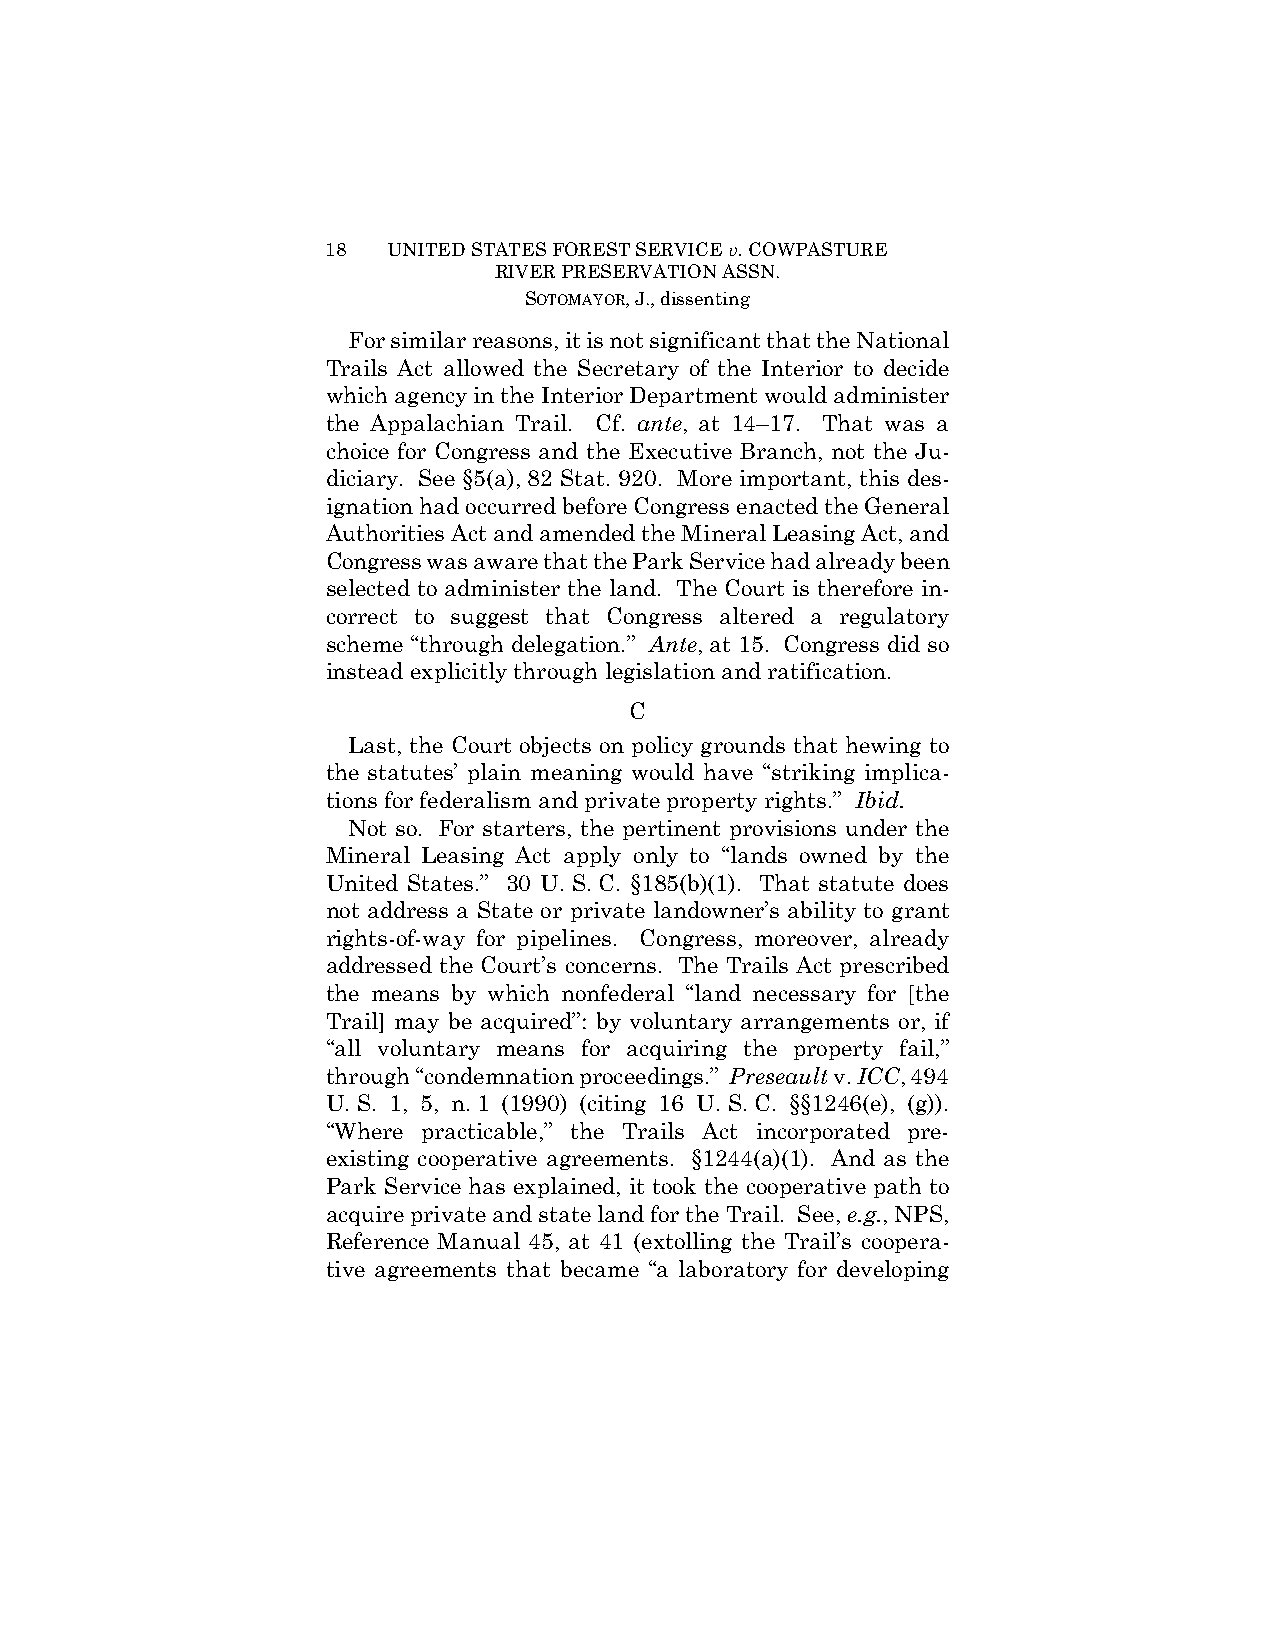
18  UNITED STATES FOREST SERVICE v. COWPASTURE
 RIVER PRESERVATION ASSN.
 SOTOMAYOR, J., dissenting
 For similar reasons, it is not significant that the National
 Trails Act allowed the Secretary of the Interior to decide
 which agency in the Interior Department would administer
 the Appalachian Trail. Cf. ante, at 14–17. That was a
 choice for Congress and the Executive Branch, not the Ju-
 diciary. See §5(a), 82 Stat. 920. More important, this des-
 ignation had occurred before Congress enacted the General
 Authorities Act and amended the Mineral Leasing Act, and
 Congress was aware that the Park Service had already been
 selected to administer the land. The Court is therefore in-
 correct to suggest that Congress altered a regulatory
 scheme “through delegation.” Ante, at 15. Congress did so
 instead explicitly through legislation and ratification.
 C
 Last, the Court objects on policy grounds that hewing to
 the statutes’ plain meaning would have “striking implica-
 tions for federalism and private property rights.” Ibid.
 Not so. For starters, the pertinent provisions under the
 Mineral Leasing Act apply only to “lands owned by the
 United States.” 30 U. S. C. §185(b)(1). That statute does
 not address a State or private landowner’s ability to grant
 rights-of-way for pipelines. Congress, moreover, already
 addressed the Court’s concerns. The Trails Act prescribed
 the means by which nonfederal “land necessary for [the
 Trail] may be acquired”: by voluntary arrangements or, if
 “all voluntary means for acquiring the property fail,”
 through “condemnation proceedings.” Preseault v. ICC, 494
 U. S. 1, 5, n. 1 (1990) (citing 16 U. S. C. §§1246(e), (g)).
 “Where practicable,” the Trails Act incorporated pre-
 existing cooperative agreements. §1244(a)(1). And as the
 Park Service has explained, it took the cooperative path to
 acquire private and state land for the Trail. See, e.g., NPS,
 Reference Manual 45, at 41 (extolling the Trail’s coopera-
 tive agreements that became “a laboratory for developing